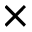
\times